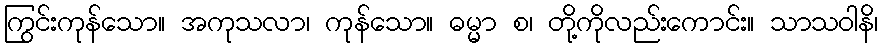
ကြွင်းကုန်သော။ အကုသလာ၊ ကုန်သော။ ဓမ္မာ စ၊ တို့ကိုလည်းကောင်း။ သာသဝါနိ၊